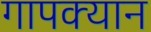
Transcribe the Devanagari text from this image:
गापक्यान